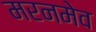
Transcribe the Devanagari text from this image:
मरनमेव